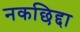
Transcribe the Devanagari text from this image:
नकछिद्दा